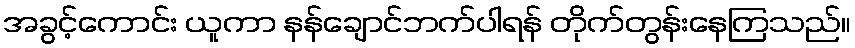
အခွင့်ကောင်း ယူကာ နန်ချောင်ဘက်ပါရန် တိုက်တွန်းနေကြသည်။